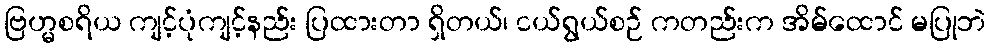
ဗြဟ္မစရိယ ကျင့်ပုံကျင့်နည်း ပြထားတာ ရှိတယ်၊ ငယ်ရွယ်စဉ် ကတည်းက အိမ်ထောင် မပြုဘဲ